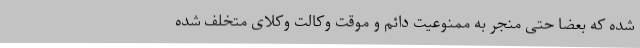
شده که بعضاً حتی منجر به ممنوعیت دائم و موقت وکالت وکلای متخلف شده